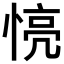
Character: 𢝋